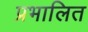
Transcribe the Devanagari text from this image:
प्रभालित